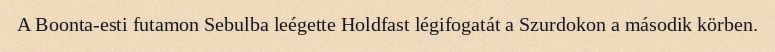
A Boonta-esti futamon Sebulba leégette Holdfast légifogatát a Szurdokon a második körben.